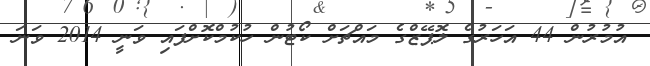
އުމުރުން 44 އަހަރުގެ ލޮޕޭޒްގެ މައްޗަށް ކޯޓުން ހުކުމްކޮށްފައި ވަނީ 2014 ވަނަ